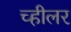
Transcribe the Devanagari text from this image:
च्हीलर